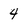
Character: 4